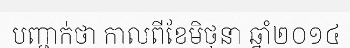
បញ្ជាក់ថា កាលពីខែមិថុនា ឆ្នាំ២០១៤